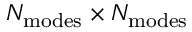
N _ { \mathrm { m o d e s } } \times N _ { \mathrm { m o d e s } }